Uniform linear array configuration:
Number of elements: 8
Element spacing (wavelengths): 1
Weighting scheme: cosine
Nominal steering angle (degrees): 30
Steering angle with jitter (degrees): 30.296
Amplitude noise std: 0.05
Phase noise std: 0.05

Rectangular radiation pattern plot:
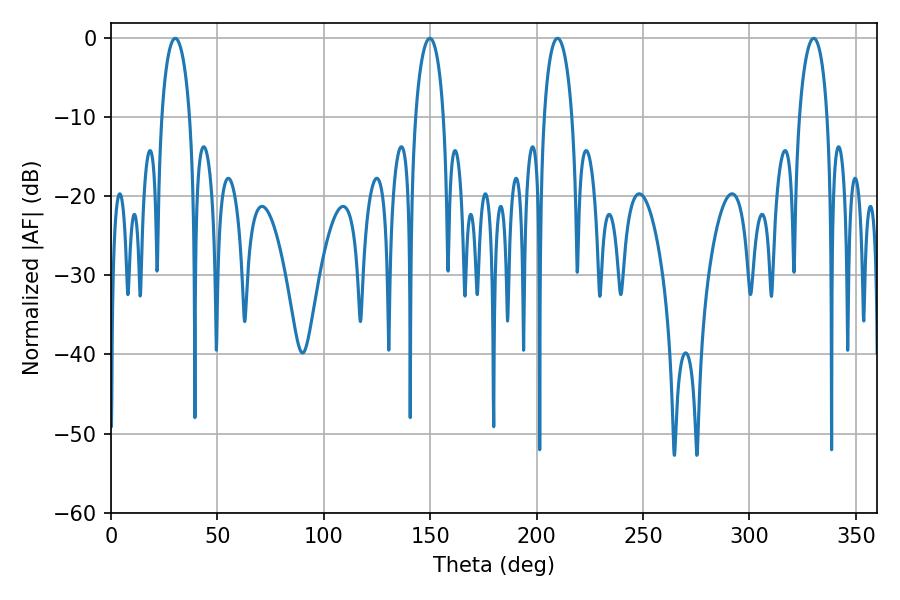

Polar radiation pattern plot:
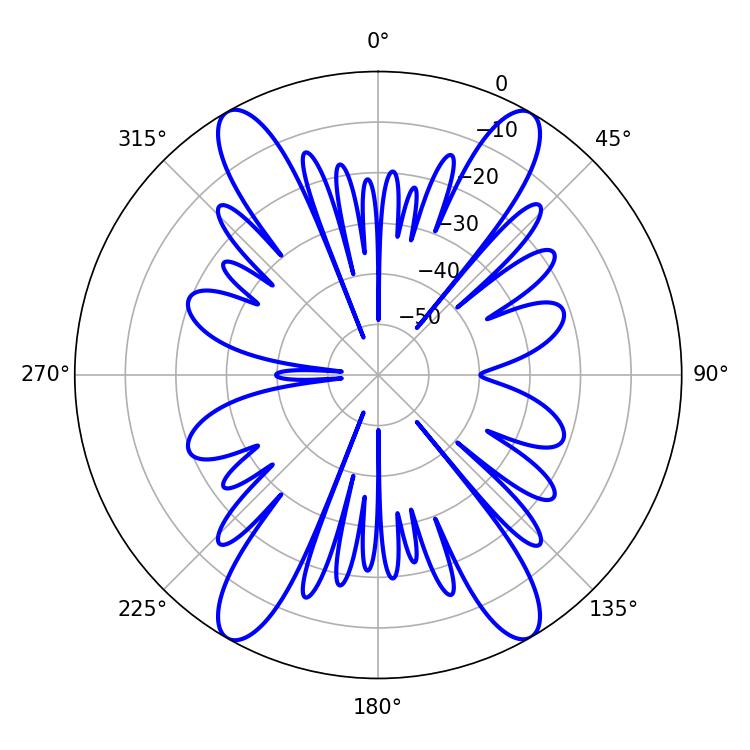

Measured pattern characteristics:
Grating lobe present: TRUE
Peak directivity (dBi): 27.986
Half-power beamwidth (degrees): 7.56
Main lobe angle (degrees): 30.24